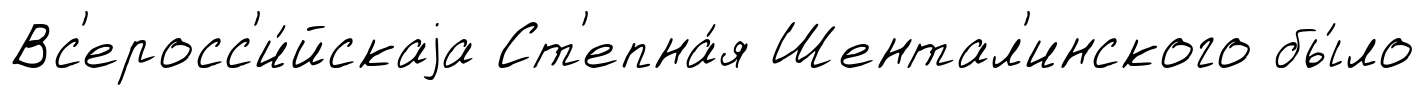
Вс'еросс'и́йскаjа Ст'епна́я Шентал'инского бы́ло